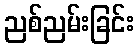
ညစ်ညမ်းခြင်း